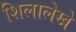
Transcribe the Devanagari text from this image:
शिलालेखे